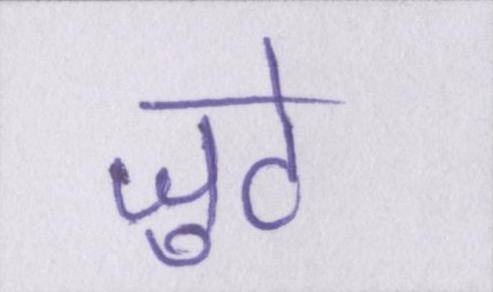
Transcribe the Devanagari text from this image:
जुटे